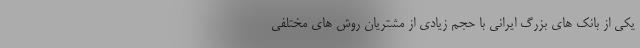
یکی از بانک های بزرگ ایرانی با حجم زیادی از مشتریان روش های مختلفی